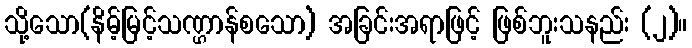
သို့သော(နိမ့်မြင့်သဏ္ဌာန်စသော) အခြင်းအရာဖြင့် ဖြစ်ဘူးသနည်း (၂)။